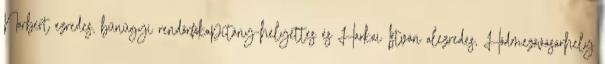
Norbert ezredes, bűnügyi rendőrfőkapitány-helyettes és Harkai István alezredes, Hódmezővásárhely